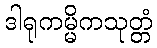
ဒါရုကမ္မိကသုတ္တံ